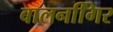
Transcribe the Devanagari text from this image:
बालनगििर